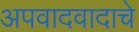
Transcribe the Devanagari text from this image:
अपवादवादाचे